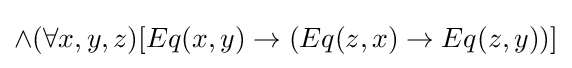
\wedge (\forall x,y,z)[Eq(x,y)\rightarrow (Eq(z,x)\rightarrow Eq(z,y))]